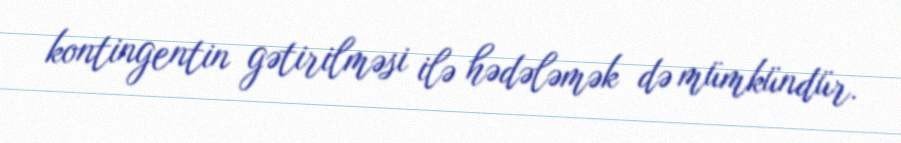
kontingentin gətirilməsi ilə hədələmək də mümkündür.